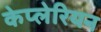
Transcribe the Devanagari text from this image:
केप्लेरियन